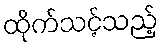
ထိုက်သင့်သည့်